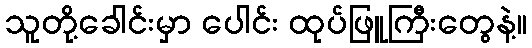
သူတို့ခေါင်းမှာ ပေါင်း ထုပ်ဖြူကြီးတွေနဲ့။